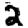
Digit: 2